Punjab Mental Hospital Lahore 1932-46 - 1932-1946
Year: 1932
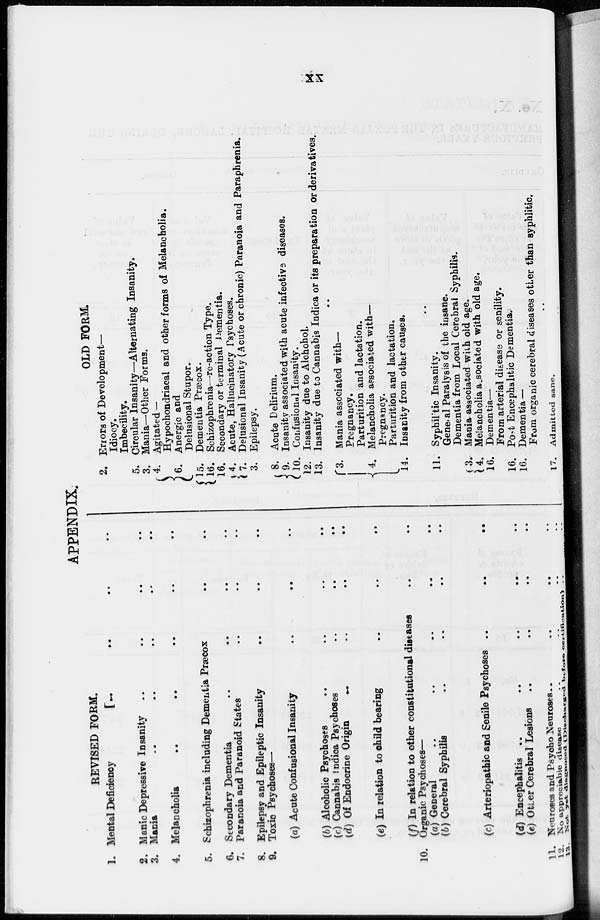
xx
APPENDIX.
REVISED FORM.
1.
2.
3.
4.
5.
6.
7.
8.
9.
10.
11.
12.
13.
Mental Deficiency
..
..
..
..
Manic Depressive Insanity .. .. .. ..
Mania .. .. .. .. ..
Melancholia .. .. .. ..
Schizophrenia including Dementia Precox .. ..
Secondary Dementia .. .. .. ..
Paranoia and Paranoid States .. .. .. ..
Epilepsy and Epileptic Insanity .. .. ..
Toxic Psychoses—
(a) Acute Confusional Insanity .. .. .. ..
(b) Alcoholic Psychoses
..
..
..
..
(c) Cannabis indica Psychoses .. .. .. ..
(d) Of Endocrine Origin .. .. .. ..
(e) In relation to child bearing .. .. ..
(f) In relation to other constitutional diseases
Organic Psychoses—
(a) General
..
..
..
..
(b) Cerebral Syphilis
(c) Arteriopathic and Senile Psychoses ..
..
..
(d) Encephalitis
..
..
..
. .
(e) Otter Cerebral Lesions .. .. .. ..
Neuroses and Psycho Neuroses .. ..
No appreciable disease .. ..
Not
yet
diagnosed
(Discharged
before
certification)
..
..
OLD FORM.
2.
5.
3.
4.
6.
15.
16.
16.
4.
7.
3.
8. 9.
10.
12.
13.
3.
4.
14.
11.
3.
4.
16.
16.
16.
17.
Errors of Development—
Idiocy.
Imbecility.
Circular Insanity—Alternating Insanity.
Mania—Other Forms.
Agitated —
Hypochondriacal and other forms of Melancholia.
Anergic and
Delusional Stupor.
Dementia Præcox.
Schizophrenia—re-action Type.
Secondary or terminal Dementia.
Acute, Hallucinatory Psychoses.
Delusional Insanity (Acute or chronic) Paranoia and Paraphrenia.
Epilepsy.
Acute Delirium.
Insanity associated with acute infective diseases.
Confusional Insanity.
Insanity due to Alchohol.
Insanity due to Cannabis Indica or its preparation or derivatives.
Mania associated with—
Pregnancy.
Parturition and lactation.
Melancholia associated with—
Pregnancy.
Parturition and lactation.
Insanity from other causes.
..
Syphirtic Insanity.
General Paralysis of the insane.
Dementia from Local Cerebral Syphilis.
Mania associated with old age.
Melancholia associated with old age.
Dementia—
From arterial diseases or senility.
Post Encephalitic Dementia.
Dementia —
From organic cerebral diseases other than syphlitic.
Admitted sane.